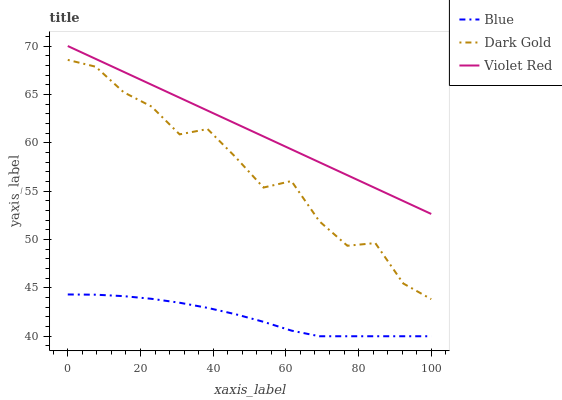
| xaxis_label | Blue | Dark Gold | Violet Red |
 | --- | --- | --- | --- |
 | 0 | 44.3 | 68.6 | 70 |
 | 7.69 | 44.3 | 67.9 | 68.7 |
 | 15.4 | 44.1 | 65.2 | 67.3 |
 | 23.1 | 43.9 | 63.7 | 66 |
 | 30.8 | 43.5 | 60.9 | 64.7 |
 | 38.5 | 42.9 | 61.4 | 63.3 |
 | 46.2 | 42.3 | 58.5 | 62 |
 | 53.8 | 41.5 | 55.4 | 60.7 |
 | 61.5 | 40.6 | 56 | 59.3 |
 | 69.2 | 40 | 51.9 | 58 |
 | 76.9 | 40 | 49.4 | 56.6 |
 | 84.6 | 40 | 49.6 | 55.3 |
 | 92.3 | 40 | 45.5 | 54 |
 | 100 | 40 | 43.8 | 52.6 |